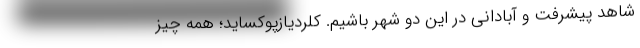
شاهد پیشرفت و آبادانی در این دو شهر باشیم. کلردیازپوکساید؛ همه چیز